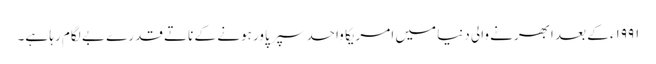
۱۹۹۱ء کے بعد ابھرنے والی دنیا میں امریکا واحد سپر پاور ہونے کے ناتے قدرے بے لگام رہا ہے۔